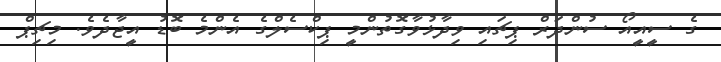
ގެ ސީއީއޯ ސުންދަރް ޕިޗައި ވިދާޅުވާގޮތުންމީ ޕިކްސެލްގެ އެންމެ ބޮޑު އީޖާދެވެ. މިޗިޕް